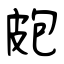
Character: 皰